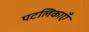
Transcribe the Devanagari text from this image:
पटलिकाएँ